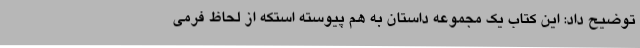
توضیح داد: این کتاب یک مجموعه داستان به هم پیوسته استکه از لحاظ فرمی